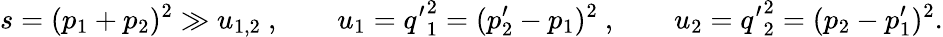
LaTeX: s=(p_{1}+p_{2})^{2}\gg u_{1,2}~,\qquad u_{1}={q^{\prime}}_{1}^{2}=(p_{2}^{\prime}-p_{1})^{2}~,\qquad u_{2}={q^{\prime}}_{2}^{2}=(p_{2}-p_{1}^{\prime})^{2}.